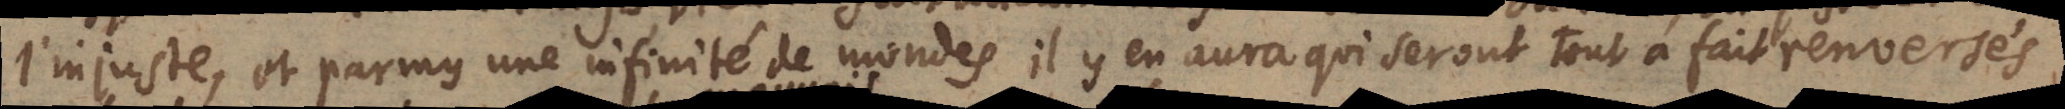
l’injuste et parmy une infinité de mondes il y en aura qui seront tout a fait renversés,